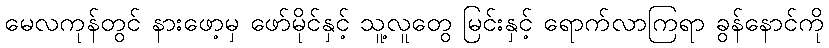
မေလကုန်တွင် နားဖော့မှ ဖော်မိုင်နှင့် သူ့လူတွေ မြင်းနှင့် ရောက်လာကြရာ ခွန်နောင်ကို